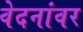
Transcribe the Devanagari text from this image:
वेदनांवर